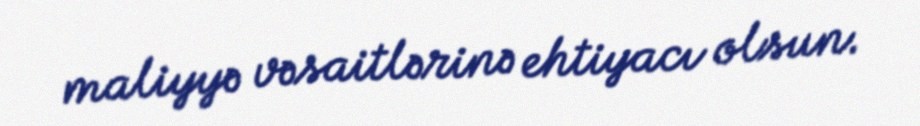
maliyyə vəsaitlərinə ehtiyacı olsun.